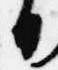
日